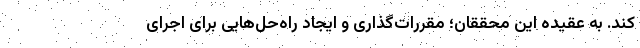
کند. به عقیده این محققان؛ مقررات‌گذاری و ایجاد راه‌حل‌هایی برای اجرای